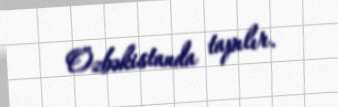
Özbəkistanda tapılır.